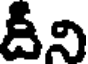
దీని